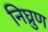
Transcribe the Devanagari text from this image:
निघ्रुण